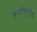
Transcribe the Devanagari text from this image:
सन्तोंषपूर्वक